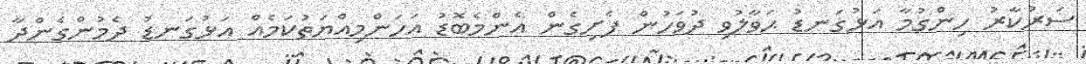
ސަރުކާރު ހިންގުމާ އަޅުގަނޑު ޙަވާލުވި ދުވަހުން ފެށިގެން އެންމެބޮޑު އަހަންމިއްޔަތުކަމެއް އަޅުގަނޑު ދެމުންގެންދާ